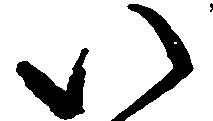
い